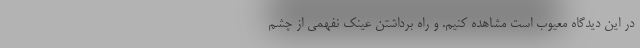
در این دیدگاه معیوب است مشاهده کنیم. و راه برداشتن عینک نفهمی از چشم